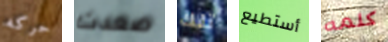
حركه صعدت تلك أستطيع كلمه